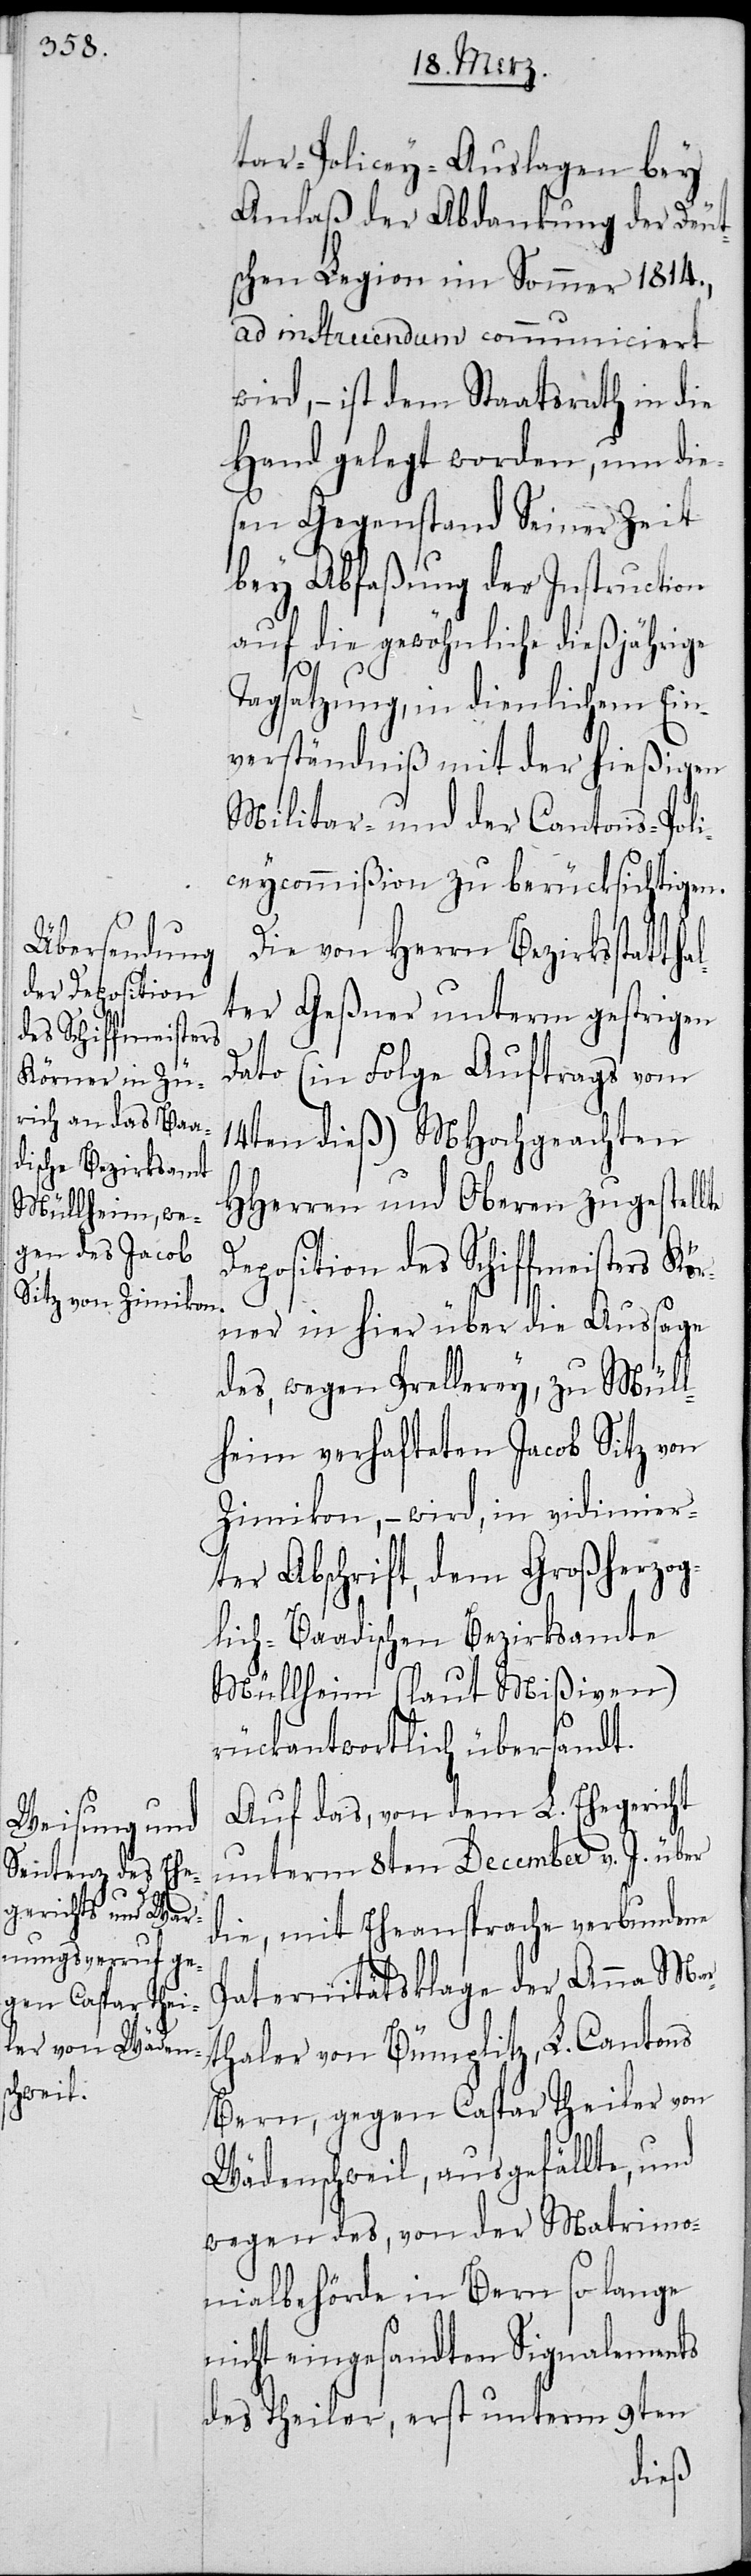
tar-Policey-Auslagen bey
Anlaß der Abdankung der Deut¬
schen Legion im Sommer 1814.,
ad instruendum communiciert
wird, – ist dem Staatsrath in die
Hand gelegt worden, um die¬
sen Gegenstand Seiner Zeit
bey Abfaßung der Instruction
auf die gewöhnliche dießjährige
al¬
Tagsatzung, in dienlichem Ein¬
verständniß mit der hießigen
Militar- und der Cantons-Poli¬
ceycommißion zu berücksichtigen.
Die von Bezirksstatth¬
ter Geßner unterm gestrigen
Dato (in Folge Auftrags vom
14ten dieß) MHochgeachten
HHerren und Oberen zugestellte
Deposition des Schiffmeisters Kö¬
rner in hier über die Aussage
des, wegen Prellerey, zu Mül¬
lheim verhafteten Jacob Sitz von
Zimikon, – wird, in vidimier¬
ter Abschrift, dem Großherzog¬
lich-Baadischen Bezirksamte
Müllheim (laut Mißiven)
rückantwortlich übersandt.
Auf das, von dem L. Ehegericht
unterm 8ten December v. J. über
die, mit Eheansprache verbundene
Paternitätsklage der Anna Mar¬
thaler von Bümplitz, L. Cantons
Bern, gegen Caspar Theiler von
Wädenschweil, ausgefällte, und
wegen des, von der Matrimo¬
nialbehörde in Bern so lange
nicht eingesandten Signalements
des Theiler, erst unterm 9ten